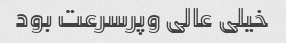
خیلی عالی وپرسرعت بود